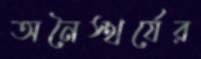
অনৈস্থর্যের